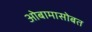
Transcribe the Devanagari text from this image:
ओबामासोबत